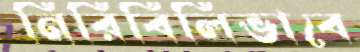
নিরিবিলিভাবে